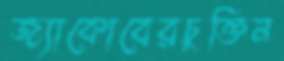
জ্যাকোবেরচুক্তিন